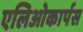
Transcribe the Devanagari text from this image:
एलिओकार्पस